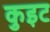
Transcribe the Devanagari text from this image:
कुइट